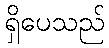
ရှိပေသည်